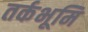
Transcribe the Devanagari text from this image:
तर्कभूमि